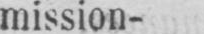
mission-